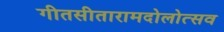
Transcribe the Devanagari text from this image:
गीतसीतारामदोलोत्सव